Report on sanitation, dispensaries, and jails in Rajputana for 1912, and on vaccination for the year 1912-1913 - 1912-1913
Year: 1912
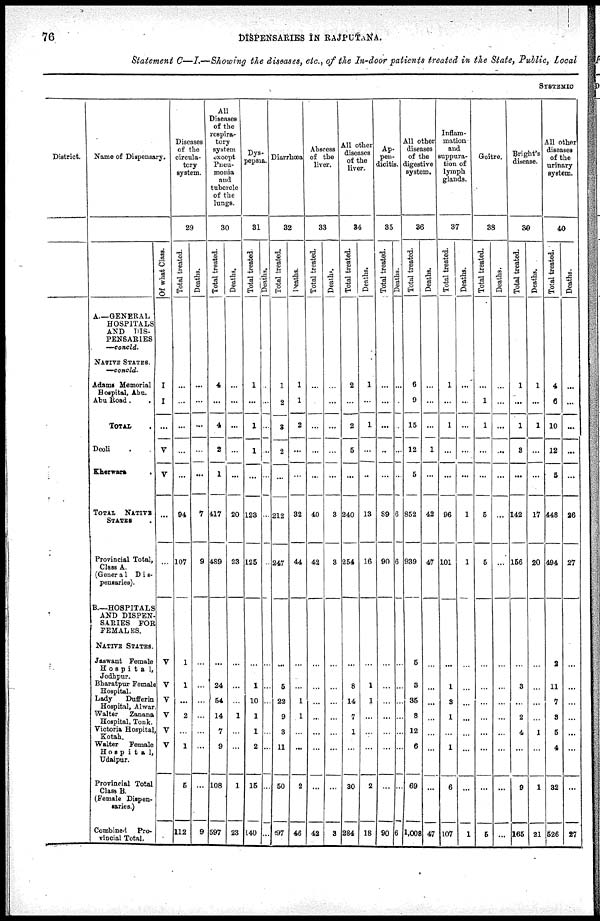
76
DISPENSARIES IN RAJPUTANA.
Statement C—I.—Showing the diseases, etc., of the In-door patients treated in the State, Public, Local
SYSTEMIC
District.
Name of Dispensary.
A.—GENERAL
HOSPITALS
AND DIS-
PENSARIES
—concld.
NATIVE STATES.
—concld.
Adams Memorial
Hospital, Abu.
Abu Road.
TOTAL .
Deoli . .
Kherwara .
TOTAL NATIVE
STATES .
Provincial Total,
Class A.
(General Dis¬
pensaries).
B.—HOSPITALS
AND DISPEN-
SARIES FOR
FEMALES.
NATIVE STATES.
Jaswant Female
Hospita1,
Jodhpur.
Bharatpur Female
Hospital.
Lady
Dufferin
Hospital, Alwar.
Walter
Zanana
Hospital, Tonk.
Victoria Hospital,
Kotah.
Walter
Female
Hospita1,
Udaipur.
Provincial Total
Class B.
(Female Dispen-
saries.)
Combined Pro-
vincial Total.
Of what Class.
I
I
...
V
V
...
...
V
V
V
V
V
V
Diseases
of the
circula-
tory
system.
29
Total treated.
...
...
...
...
...
94
107
1
1
...
2
...
1
5
112
Deaths.
...
...
...
...
...
7
9
...
...
...
...
...
...
...
9
All
Diseases
of the
respira-
tory
system
except
Pneu-
monia
and
tubercle
of the
lungs.
30
Total treated.
4
...
4
2
1
417
489
...
24
54
14
7
9
108
597
Deaths.
...
...
...
...
...
20
23
...
...
...
1
...
...
1
23
Dys¬
pepsia.
31
Total treated.
1
...
1
1
...
123
125
...
1
10
1
1
2
15
140
Deaths.
...
...
...
...
...
...
...
...
...
...
...
...
...
...
...
Diarrhœa
32
Total treated.
1
2
3
2
...
212
247
...
5
22
9
3
11
50
197
Deaths.
1
1
2
...
...
32
44
...
...
1
1
...
...
2
46
Abscess
of the
liver.
33
Total treated.
...
...
...
...
...
40
42
...
...
...
...
...
...
...
42
Deaths.
...
...
...
...
...
3
3
...
...
...
...
...
...
...
3
All other
diseases
of the
liver.
34
Total treated.
2
...
2
5
...
240
254
...
8
14
7
1
...
30
284
Deaths.
1
...
1
...
...
13
16
...
1
1
...
...
...
2
18
Ap¬
pen¬
dicitis.
35
Total treated.
...
...
...
...
...
89
90
...
...
...
...
...
...
...
90
Deaths.
...
...
...
...
...
6
6
...
...
...
...
...
...
...
6
All other
diseases
of the
digestive
system.
36
Total treated.
6
9
15
12
5
852
939
5
3
35
8
12
6
69
1,008
Deaths.
...
...
...
1
...
42
47
...
...
...
...
...
...
...
47
Inflam-
mation
and
suppura-
tion of
lymph
glands.
37
Total treated.
1
...
1
...
...
96
101
...
1
3
1
...
1
6
107
Deaths.
...
...
...
...
...
1
1
...
...
...
...
...
...
...
1
Goitre.
38
Total treated.
...
1
1
...
...
5
5
...
...
...
...
...
...
...
5
Deaths.
...
...
...
...
...
...
...
...
...
...
...
...
...
...
...
Bright's
disease.
39
Total treated.
1
...
1
3
...
142
156
...
3
...
2
4
...
9
165
Deaths.
1
...
1
...
...
17
20
...
...
...
...
1
...
1
21
All other
diseases
of the
urinary
system.
40
Total treated.
4
6
10
12
5
448
494
2
11
7
3
5
4
32
526
Deaths.
...
...
...
...
...
26
27
...
...
...
...
...
...
...
27